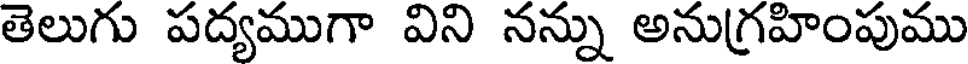
తెలుగు పద్యముగా విని నన్ను అనుగ్రహింపుము